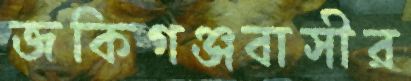
জকিগঞ্জবাসীর